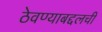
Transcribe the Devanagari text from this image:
ठेवण्याबद्दलची